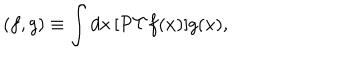
( f , g ) \equiv \int d x \, [ { \cal P T } f ( x ) ] g ( x ) ,